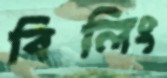
বিলিং